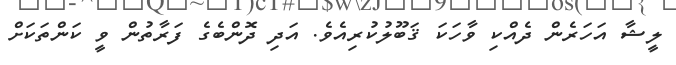
ލީޝާ އަހަރެން ދެއްކި ވާހަކަ ޤަބޫލުކުރިއެވެ. އަދި ދޮންބެގެ ފަރާތުން ވީ ކަންތަކަށް